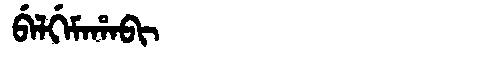
Manchu: ᠪᡝᠯᡤᡝᠮᠠᡥᠠᠪᡳ
Romanization: BELGEMAHABI